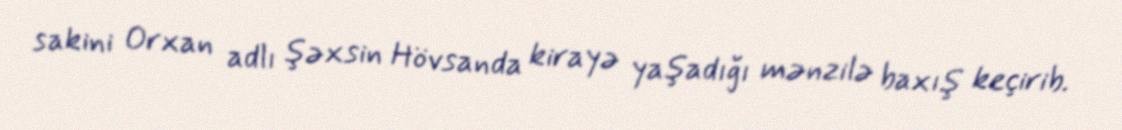
sakini Orxan adlı şəxsin Hövsanda kirayə yaşadığı mənzilə baxış keçirib.